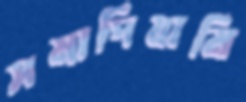
সমাদিযামি